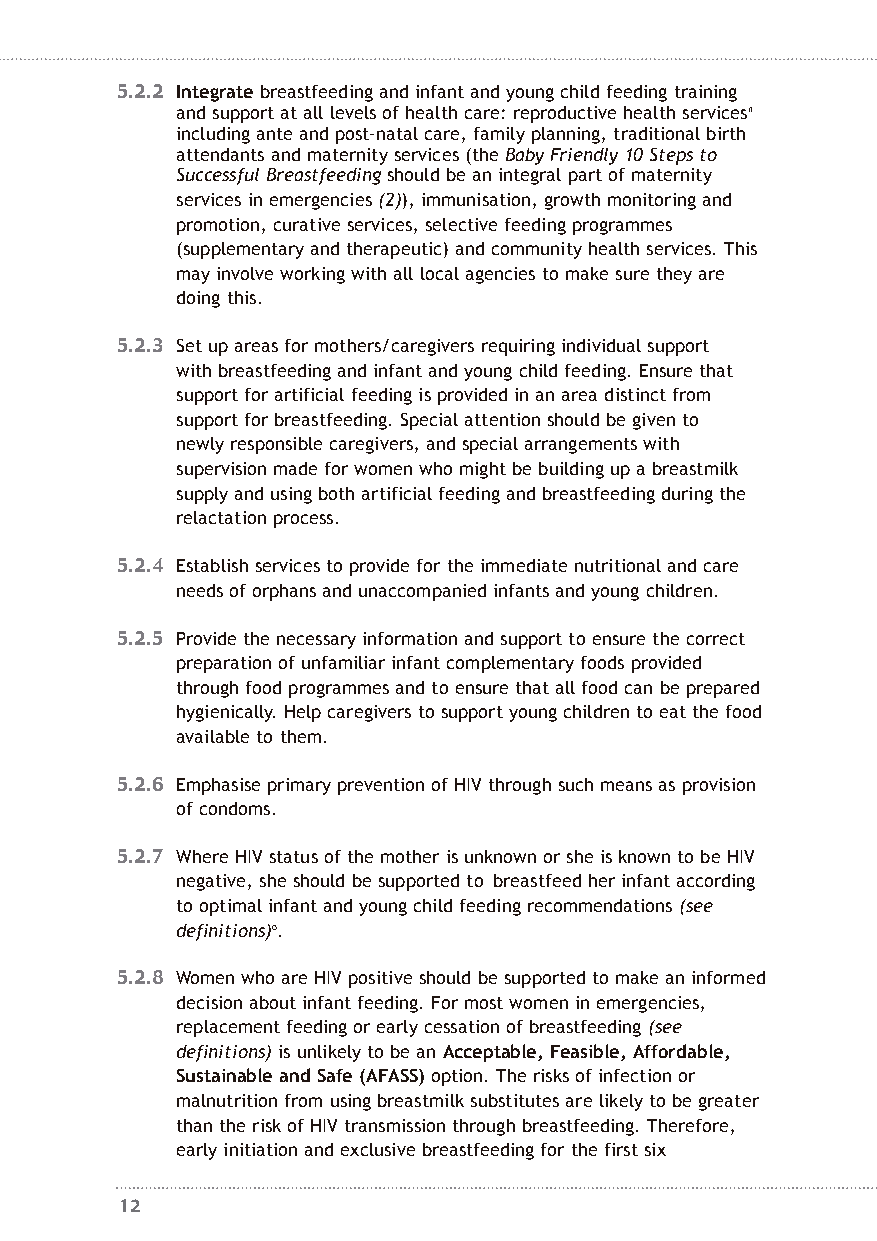
5.2.2 Integratebreastfeeding and infant and young child feeding training
 and support at all levels of health care: reproductive health servicesn
 including ante and post-natal care, family planning, traditional birth
 attendants and maternity services (the Baby Friendly 10 Steps to
 Successful Breastfeedingshould be an integral part of maternity
 services in emergencies (2)), immunisation, growth monitoring and
 promotion, curative services, selective feeding programmes
 (supplementary and therapeutic) and community health services. This
 may involve working with all local agencies to make sure they are
 doing this.
 5.2.3 Set up areas for mothers/caregivers requiring individual support
 with breastfeeding and infant and young child feeding. Ensure that
 support for artificial feeding is provided in an area distinct from
 support for breastfeeding. Special attention should be given to
 newly responsible caregivers, and special arrangements with
 supervision made for women who might be building up a breastmilk
 supply and using both artificial feeding and breastfeeding during the
 relactation process.
 5.2.4 Establish services to provide for the immediate nutritional and care
 needs of orphans and unaccompanied infants and young children.
 5.2.5 Provide the necessary information and support to ensure the correct
 preparation of unfamiliar infant complementary foods provided
 through food programmes and to ensure that all food can be prepared
 hygienically. Help caregivers to support young children to eat the food
 available to them.
 5.2.6 Emphasise primary prevention of HIV through such means as provision
 of condoms.
 5.2.7 Where HIV status of the mother is unknown or she is known to be HIV
 negative, she should be supported to breastfeed her infant according
 to optimal infant and young child feeding recommendations (see
 definitions)o.
 5.2.8 Women who are HIV positive should be supported to make an informed
 decision about infant feeding. For most women in emergencies,
 replacement feeding or early cessation of breastfeeding (see
 definitions)is unlikely to be an Acceptable, Feasible, Affordable,
 Sustainable and Safe (AFASS)option. The risks of infection or
 malnutrition from using breastmilk substitutes are likely to be greater
 than the risk of HIV transmission through breastfeeding. Therefore,
 early initiation and exclusive breastfeeding for the first six
 12